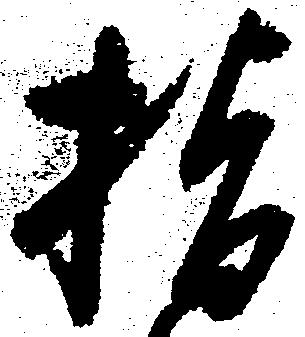
指